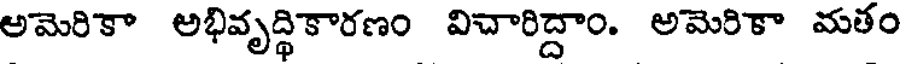
అమెరికా అభివృద్ధికారణం విచారిద్దాం. అమెరికా మతం